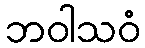
ဘဝါသဝံ